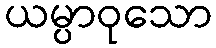
ယမ္ပာဝုသော